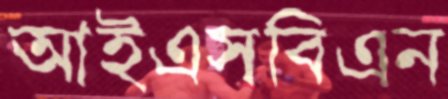
আইএসবিএন